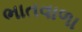
ભાતવાળા